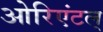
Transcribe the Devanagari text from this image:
ओरिएंटल्